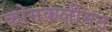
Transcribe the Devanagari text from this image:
कोमकलीमठ